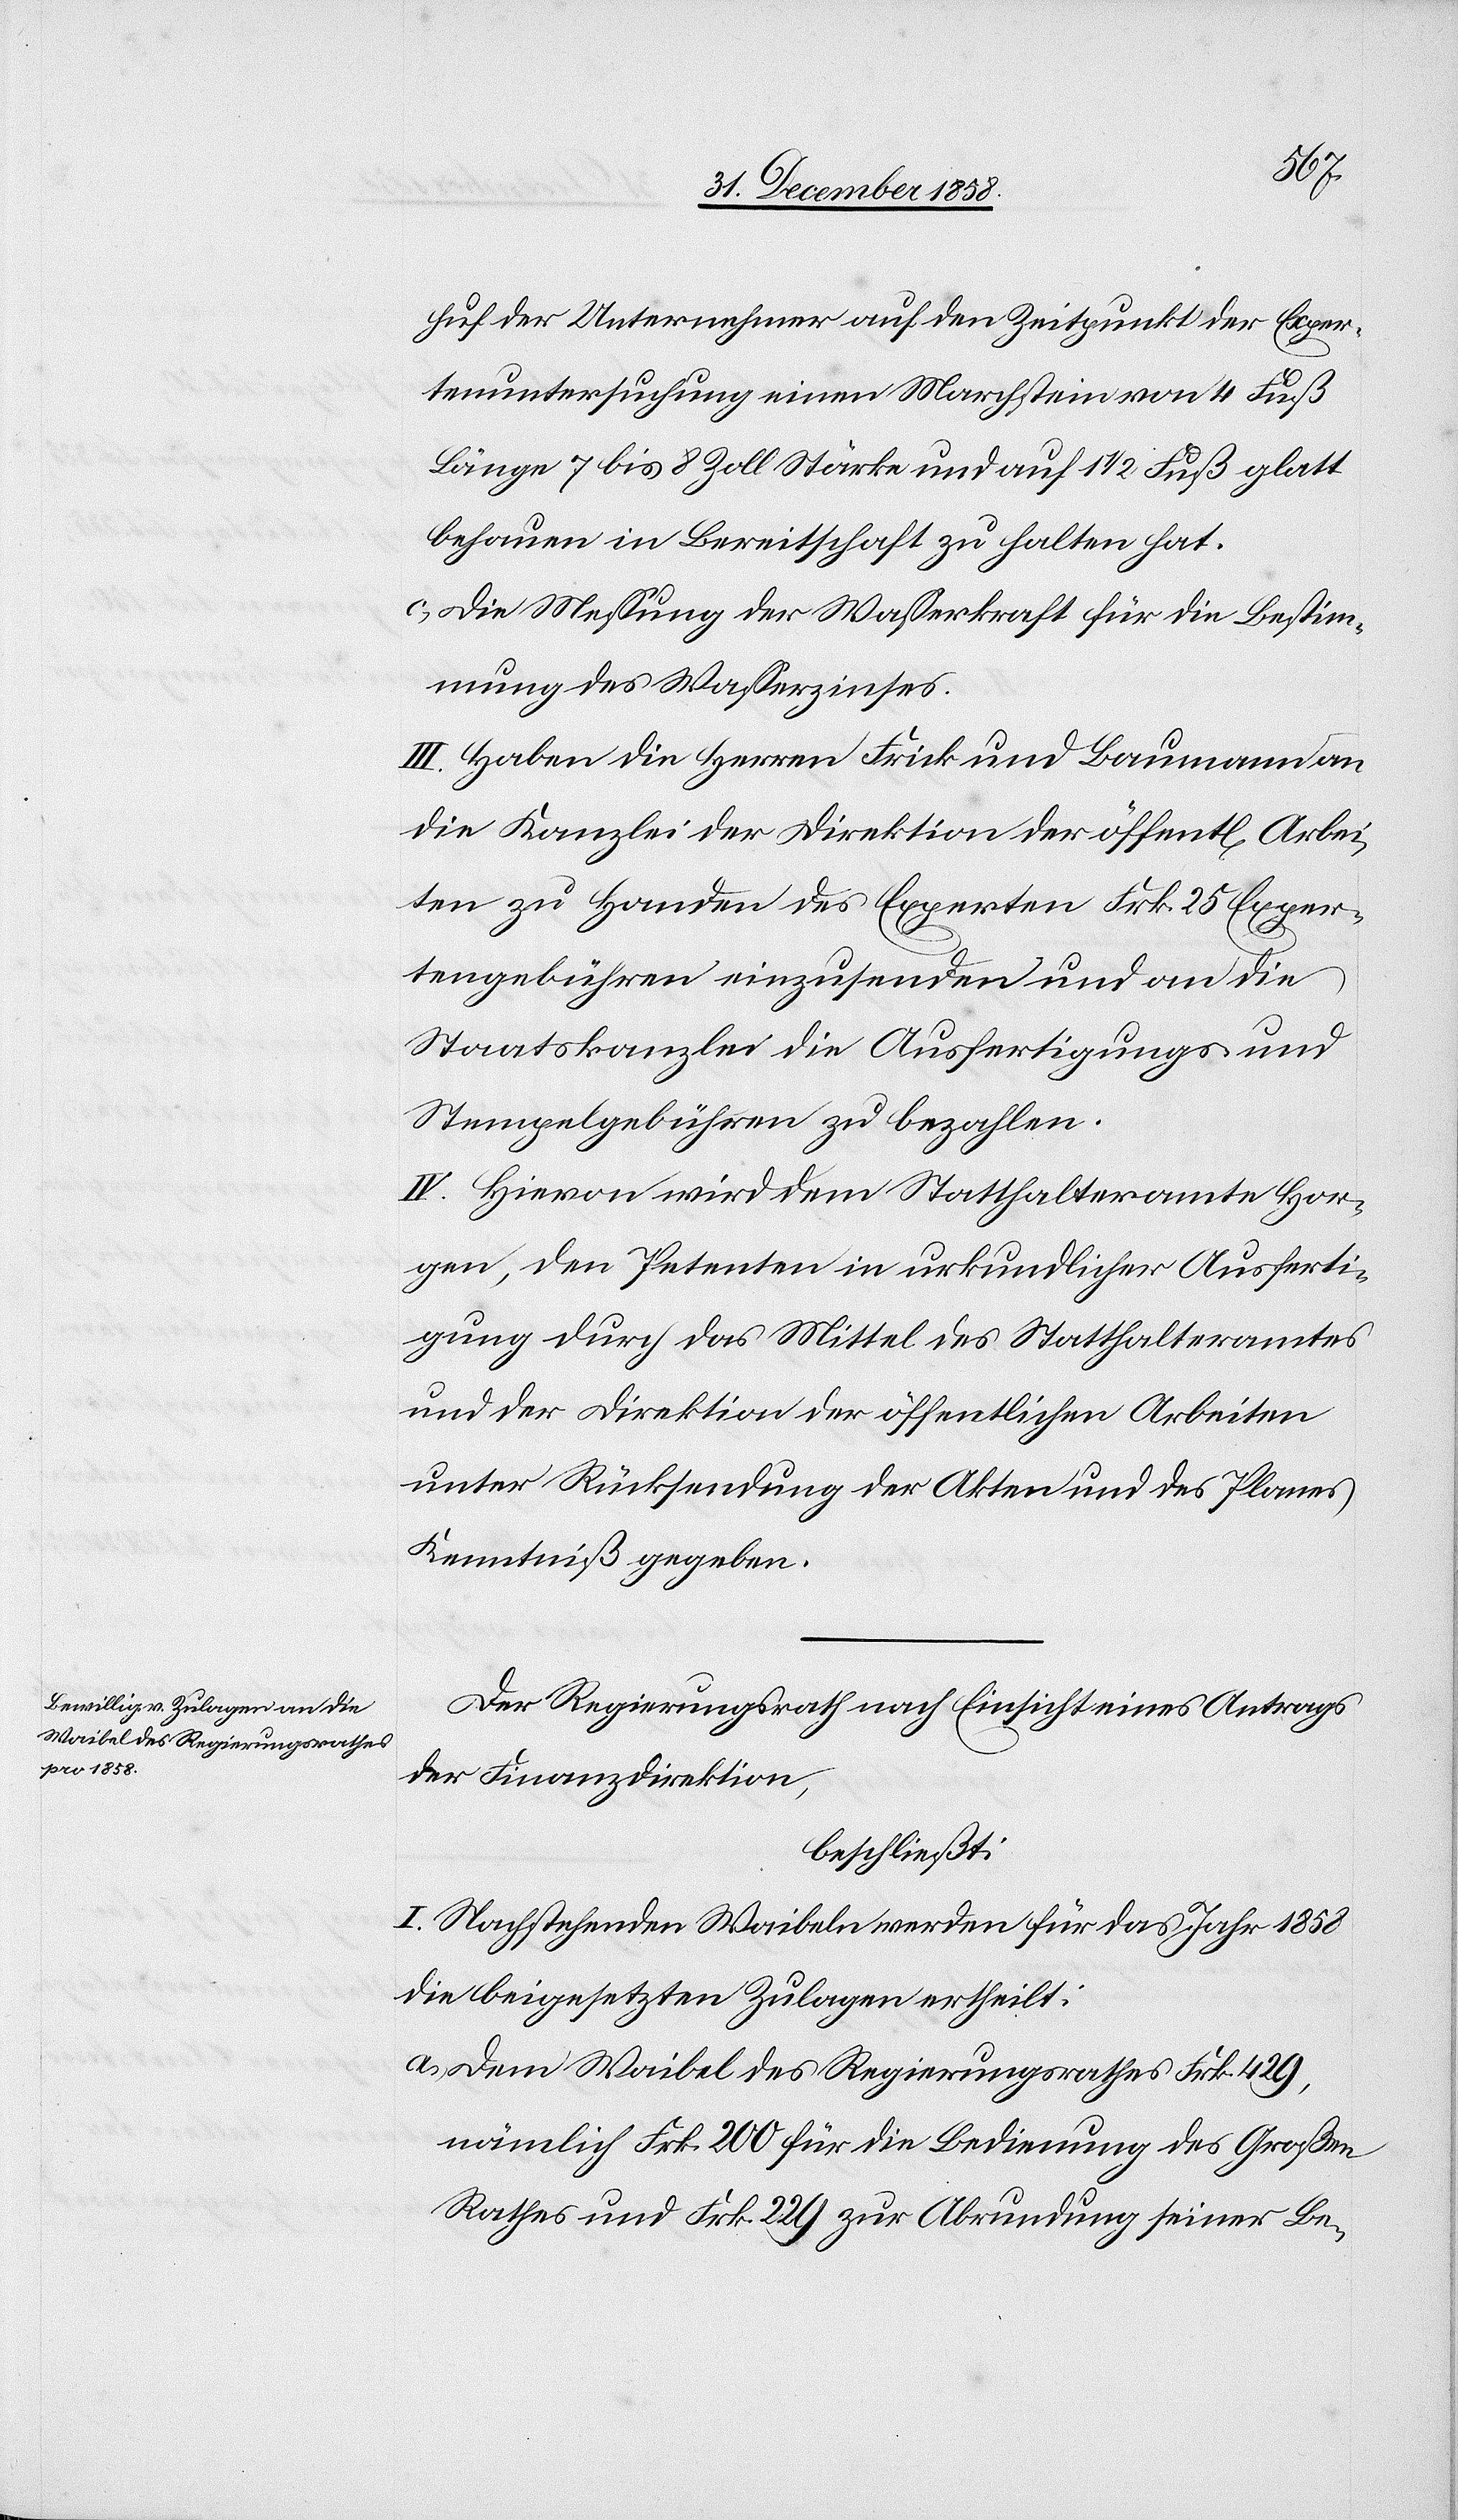
huf der Unternehmer auf den Zeitpunkt der Exper¬
tenuntersuchung einen Marchstein von 4 Fuß
Länge[,] 7 bis 8 Zoll Stärke und auf 1 1/2 Fuß glatt
behauen in Bereitschaft zu halten hat.
Die Messung der Wasserkraft für die Bestim¬
mung des Wasserzinses.
III. Haben die Herren Frick und Baumann an
die Kanzlei der Direktion der öffent[lichen] Arbei¬
ten zu Handen des Experten Frk. 25 Exper¬
tengebühren einzusenden und an die
Staatskanzlei die Ausfertigungs- und
Stempelgebühren zu bezahlen.
IV. Hievon wird dem Statthalteramte Hor¬
gen, den Petenten in urkundlicher Ausferti¬
gung durch das Mittel des Statthalteramtes
und der Direktion der öffentlichen Arbeiten
unter Rücksendung der Akten und des Planes
Kenntniß gegeben.
Der Regierungsrath nach Einsicht eines Antrags
der Finanzdirektion,
beschließt:
I. Nachstehenden Waibeln werden für das Jahr 1858
die beigesetzten Zulagen ertheilt:
Dem Waibel des Regierungsrathes Frk. 429,
nämlich Frk. 200 für die Bedienung des Großen
Rathes und Frk. 229 für Abrundung seiner Be-